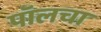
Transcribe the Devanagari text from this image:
पॉलचा